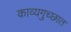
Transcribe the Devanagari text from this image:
काव्यगुच्छात